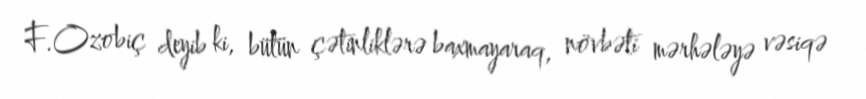
F.Ozobiç deyib ki, bütün çətinliklərə baxmayaraq, növbəti mərhələyə vəsiqə